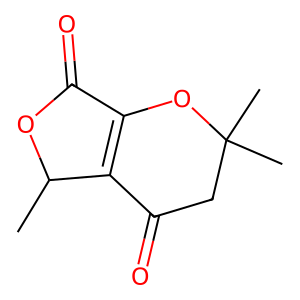
SMILES: CC1OC(=O)C2=C1C(=O)CC(C)(C)O2
Inhibits HIV replication: No